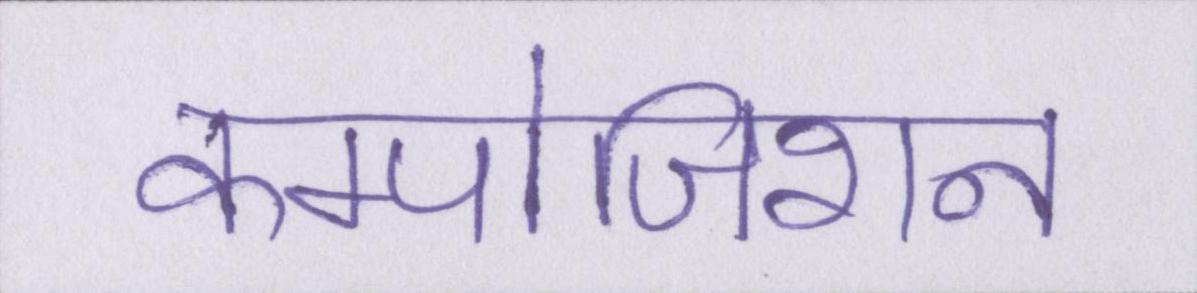
कम्पोजिशन